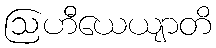
ဩဟီယေယျာတိ